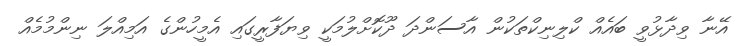
އޭނާ ވިދާޅުވީ ބައެއް ކްލިނިކްތަކުން އާސަންދަ ދޫކޮށްލުމަކީ ވިޔަފާރީގައި އެމީހުންގެ އަމިއްލަ ނިންމުމެއް